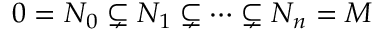
0 = N _ { 0 } \subsetneq N _ { 1 } \subsetneq \cdots \subsetneq N _ { n } = M